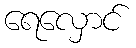
ရေလှောင်